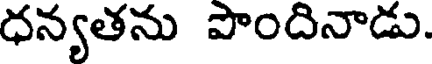
ధన్యతను పొందినాడు.